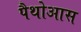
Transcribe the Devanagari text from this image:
पैथोआस